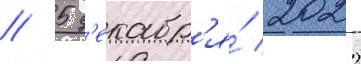
// 5 д'екабр'я́ 2022